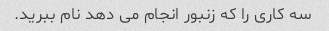
سه کاری را که زنبور انجام می دهد نام ببرید.